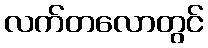
လက်တလောတွင်